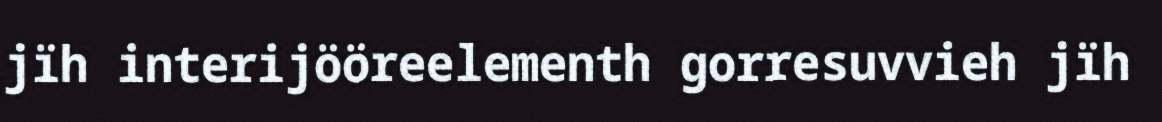
jïh interijööreelementh gorresuvvieh jïh